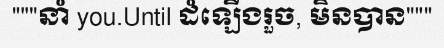
"""នាំ you.Until ដំឡើងរួច, មិនបាន"""